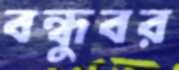
বন্ধুবর